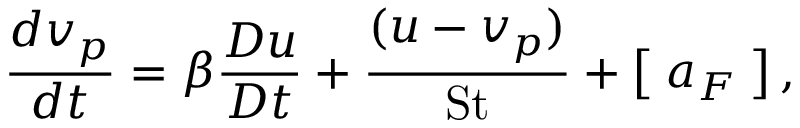
\frac { d v _ { p } } { d t } = \beta \frac { D u } { D t } + \frac { ( u - v _ { p } ) } { \mathrm { S t } } + \left[ \; a _ { F } \; \right] ,